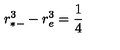
r _ { * - } ^ { 3 } - r _ { e } ^ { 3 } = { \frac { 1 } { 4 } }